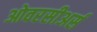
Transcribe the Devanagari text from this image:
ओवरसीअर्स